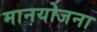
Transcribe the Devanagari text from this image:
मानयोजना